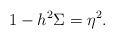
\begin{align*} 1-h^2\Sigma=\eta^2.\end{align*}